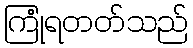
ကြုံရတတ်သည်